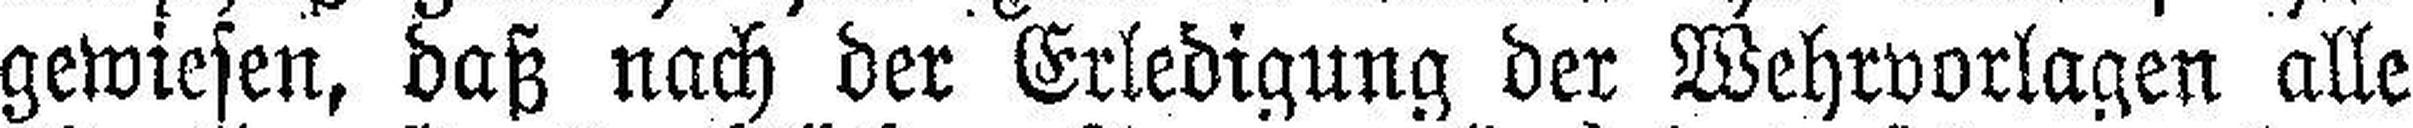
gewiesen, daß nach der Erledigung der Wehrvorlagen alle